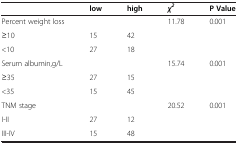
<table><thead><tr><td><b> </b></td><td><b>low</b></td><td><b>high</b></td><td><b><i>χ</i><sup><i>2</i></sup></b></td><td><b>P Value</b></td></tr></thead><tbody><tr><td>Percent weight loss</td><td> </td><td> </td><td>11.78</td><td>0.001</td></tr><tr><td>≥10</td><td>15</td><td>42</td><td> </td><td> </td></tr><tr><td>&lt;10</td><td>27</td><td>18</td><td> </td><td> </td></tr><tr><td>Serum albumin,g/L</td><td> </td><td> </td><td>15.74</td><td>0.001</td></tr><tr><td>≥35</td><td>27</td><td>15</td><td> </td><td> </td></tr><tr><td>&lt;35</td><td>15</td><td>45</td><td> </td><td> </td></tr><tr><td>TNM stage</td><td> </td><td> </td><td>20.52</td><td>0.001</td></tr><tr><td>I-II</td><td>27</td><td>12</td><td> </td><td> </td></tr><tr><td>III-IV</td><td>15</td><td>48</td><td> </td><td> </td></tr></tbody></table>